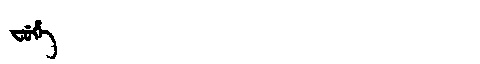
Manchu: ᠸᡠᡥᡝ
Romanization: FUHE